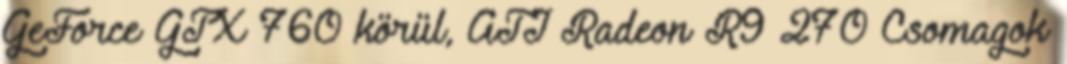
GeForce GTX 760 körül, ATI Radeon R9 270 Csomagok